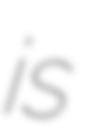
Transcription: is